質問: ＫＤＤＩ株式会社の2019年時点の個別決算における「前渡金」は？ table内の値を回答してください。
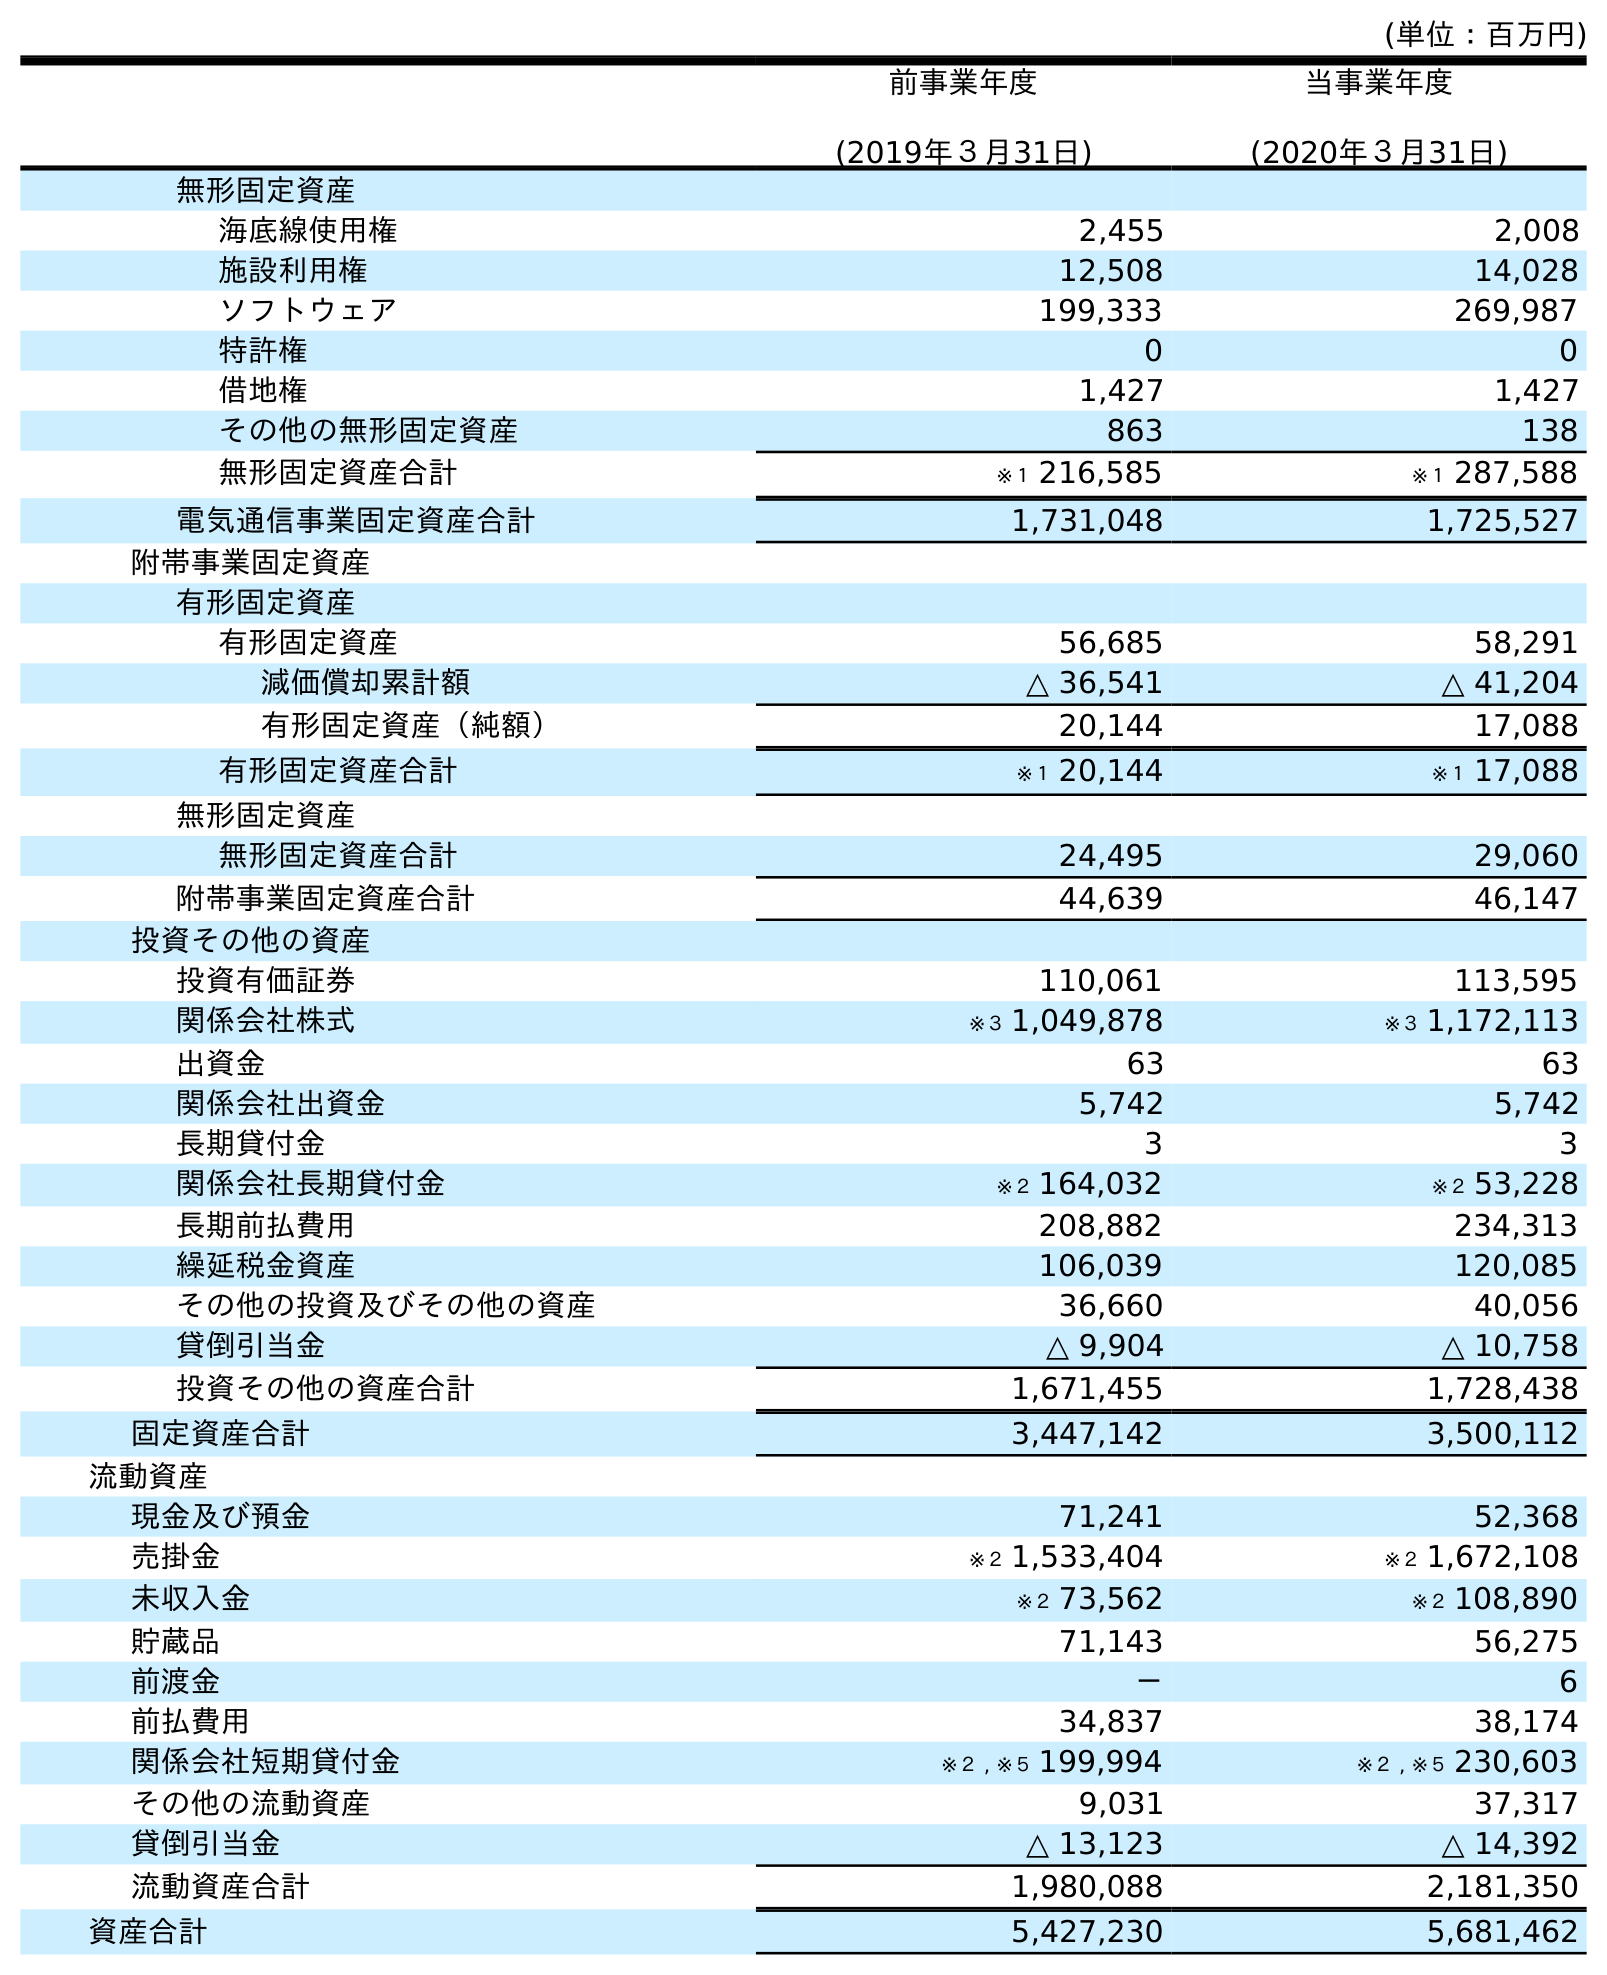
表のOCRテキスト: (単位：百万円) 前事業年度 (2019年３月31日) 当事業年度 (2020年３月31日) 無形固定資産 海底線使用権 2,455 2,008 施設利用権 12,508 14,028 ソフトウェア 199,333 269,987 特許権 0 0 借地権 1,427 1,427 その他の無形固定資産 863 138 無形固定資産合計 ※１ 216,585 ※１ 287,588 電気通信事業固定資産合計 1,731,048 1,725,527 附帯事業固定資産 有形固定資産 有形固定資産 56,685 58,291 減価償却累計額 △ 36,541 △ 41,204 有形固定資産（純額） 20,144 17,088 有形固定資産合計 ※１ 20,144 ※１ 17,088 無形固定資産 無形固定資産合計 24,495 29,060 附帯事業固定資産合計 44,639 46,147 投資その他の資産 投資有価証券 110,061 113,595 関係会社株式 ※３ 1,049,878 ※３ 1,172,113 出資金 63 63 関係会社出資金 5,742 5,742 長期貸付金 3 3 関係会社長期貸付金 ※２ 164,032 ※２ 53,228 長期前払費用 208,882 234,313 繰延税金資産 106,039 120,085 その他の投資及びその他の資産 36,660 40,056 貸倒引当金 △ 9,904 △ 10,758 投資その他の資産合計 1,671,455 1,728,438 固定資産合計 3,447,142 3,500,112 流動資産 現金及び預金 71,241 52,368 売掛金 ※２ 1,533,404 ※２ 1,672,108 未収入金 ※２ 73,562 ※２ 108,890 貯蔵品 71,143 56,275 前渡金 － 6 前払費用 34,837 38,174 関係会社短期貸付金 ※２ , ※５ 199,994 ※２ , ※５ 230,603 その他の流動資産 9,031 37,317 貸倒引当金 △ 13,123 △ 14,392 流動資産合計 1,980,088 2,181,350 資産合計 5,427,230 5,681,462
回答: －